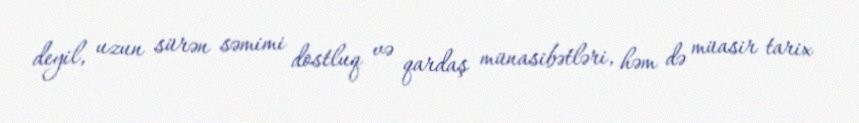
deyil, uzun sürən səmimi dostluq və qardaş münasibətləri, həm də müasir tarix